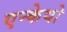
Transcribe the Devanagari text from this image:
एन्केयो